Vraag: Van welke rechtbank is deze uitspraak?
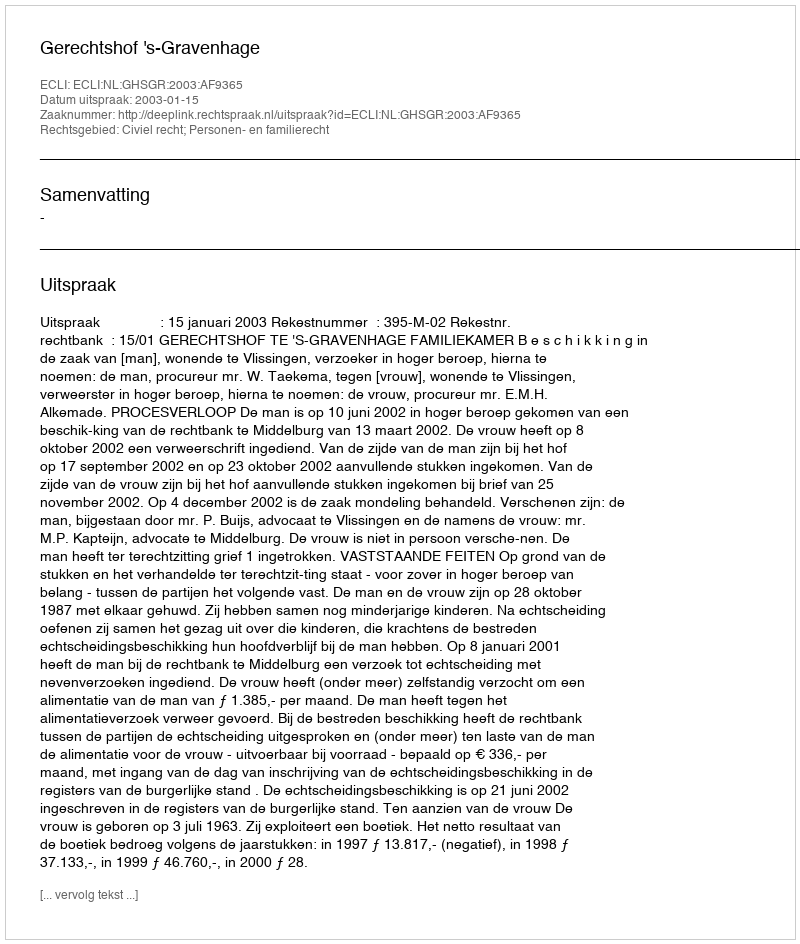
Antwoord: Gerechtshof 's-Gravenhage